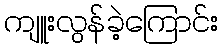
ကျူးလွန်ခဲ့ကြောင်း